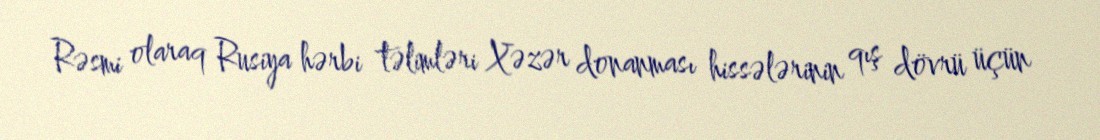
Rəsmi olaraq Rusiya hərbi təlimləri Xəzər donanması hissələrinin qış dövrü üçün